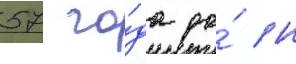
57 го́да до́ н